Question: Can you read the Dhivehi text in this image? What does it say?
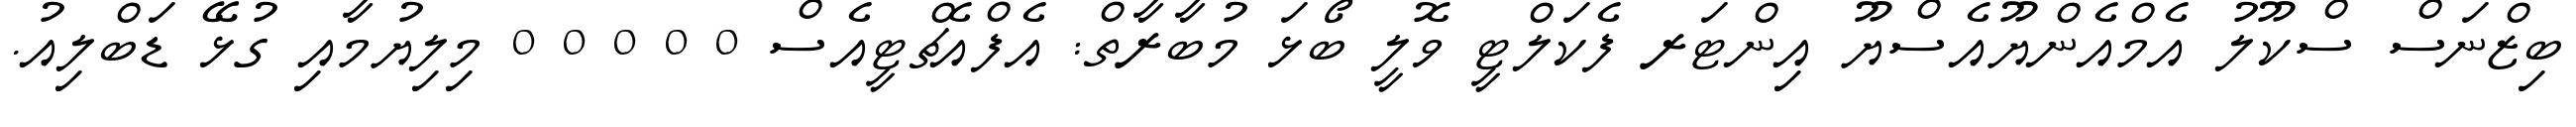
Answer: ބިޒްނަސް ސްކޫލު އެމްއެންޔޫއެސްޔޫ އިންޓަރ ފެކަލްޓީ ވޮލީ ބޯޅަ މުބާރާތް: އެފްއެޗްޓީއެސް 0 0 0 0 0 މިލިޔުމާއި ގުޅޭ ޑަބްލިއު.